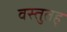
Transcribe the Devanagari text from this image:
वस्तुतह्